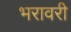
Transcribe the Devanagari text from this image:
भरावरी